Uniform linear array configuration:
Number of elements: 16
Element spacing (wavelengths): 0.25
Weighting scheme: uniform
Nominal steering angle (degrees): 60
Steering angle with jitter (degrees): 60.27
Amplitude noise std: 0.05
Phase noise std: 0.05

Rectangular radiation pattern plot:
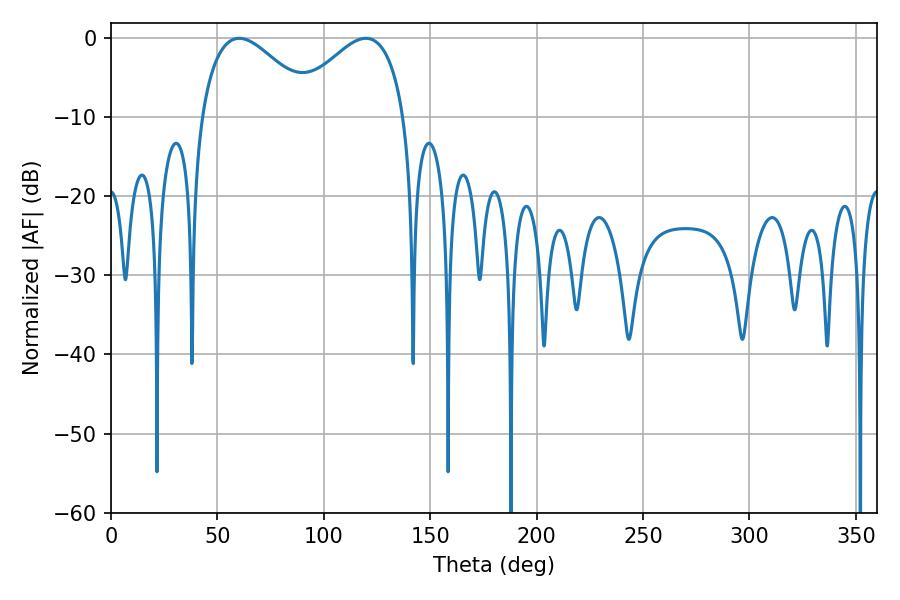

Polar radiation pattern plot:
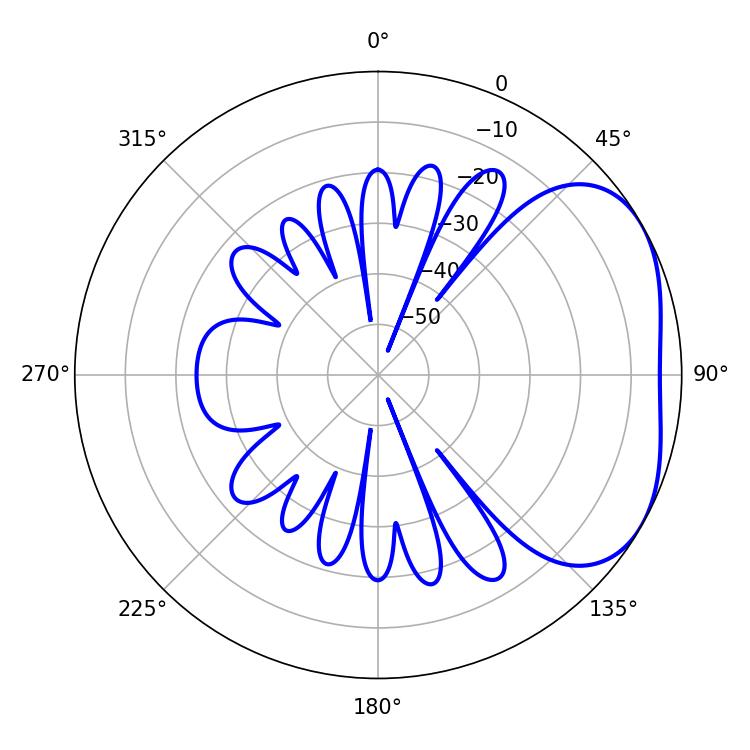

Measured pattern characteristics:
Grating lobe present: FALSE
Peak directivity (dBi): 3.305
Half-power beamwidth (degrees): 29.16
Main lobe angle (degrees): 60.3